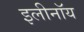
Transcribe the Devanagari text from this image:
इलीनॉय